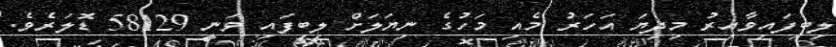
ލިބިފައިވާއިރު މިދިޔަ އަހަރު މެއި މަހުގެ ނިޔަލަށް ލިބިފައި ވަނީ 58129 ޑޮލަރެވެ.